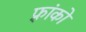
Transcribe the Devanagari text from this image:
फ़्रांको